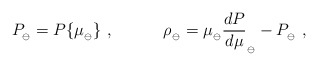
\begin{align*}P_{_\ominus}=P\{\mu_{_\ominus}\} \ ,\qquad\quad \rho_{_\ominus}=\mu_{_\ominus}{dP\over d\mu}_{_\ominus}-P_{_\ominus} \ ,\end{align*}